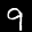
Label: 9